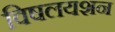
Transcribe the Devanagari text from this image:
विषलयशन